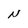
Character: N